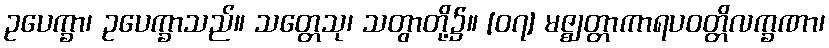
ဥပေက္ခာ၊ ဥပေက္ခာသည်။ သတ္တေသု၊ သတွာတို့၌။ [၀၇] မဇ္ဈတ္တာကာရပဝတ္တိလက္ခဏာ၊